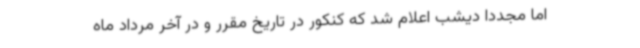
اما مجددا دیشب اعلام شد که کنکور در تاریخ مقرر و در آخر مرداد ماه